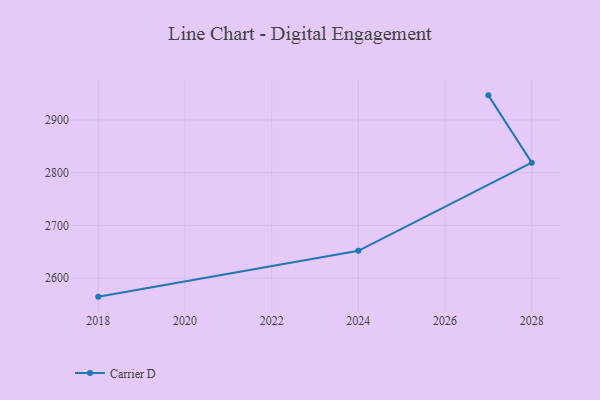
{"axis": {"x": "Year", "y": "Population (Million)"}, "legend": ["Carrier D"], "data": [{"x": "2027", "y": 2946.7, "type": "Carrier D"}, {"x": "2028", "y": 2819.0, "type": "Carrier D"}, {"x": "2024", "y": 2651.9, "type": "Carrier D"}, {"x": "2018", "y": 2565.0, "type": "Carrier D"}]}